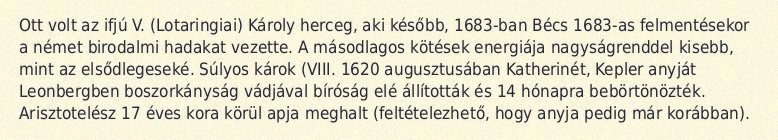
Ott volt az ifjú V. (Lotaringiai) Károly herceg, aki később, 1683-ban Bécs 1683-as felmentésekor a német birodalmi hadakat vezette. A másodlagos kötések energiája nagyságrenddel kisebb, mint az elsődlegeseké. Súlyos károk (VIII. 1620 augusztusában Katherinét, Kepler anyját Leonbergben boszorkányság vádjával bíróság elé állították és 14 hónapra bebörtönözték. Arisztotelész 17 éves kora körül apja meghalt (feltételezhető, hogy anyja pedig már korábban).